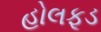
હોલફૂડ